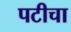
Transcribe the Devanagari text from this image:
पटीचा